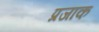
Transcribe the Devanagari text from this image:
प्रजाक